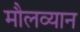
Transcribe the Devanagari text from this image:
मौलव्यान